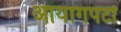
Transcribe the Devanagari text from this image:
आयागपटों